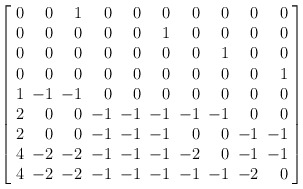
\begin{align*} \left[ \arraycolsep=3pt \begin{array}{rrrrrrrrrr} 0&0&1&0&0&0&0&0&0&0\\ 0&0&0&0&0&1&0&0&0&0\\ 0&0&0&0&0&0&0&1&0&0\\ 0&0&0&0&0&0&0&0&0&1\\ 1&-1&-1&0&0&0&0&0&0&0\\ 2&0&0&-1&-1&-1&-1&-1&0&0\\ 2&0&0&-1&-1&-1&0&0&-1&-1\\ 4&-2&-2&-1&-1&-1&-2&0&-1&-1\\ 4&-2&-2&-1&-1&-1&-1&-1&-2&0 \end{array} \right]\end{align*}